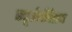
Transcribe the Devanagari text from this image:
ड्यूटोसेरेब्रम